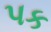
પક